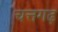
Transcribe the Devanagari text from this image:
चत्तगढ़